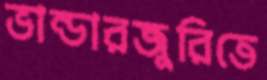
ভান্ডারজুরিতে